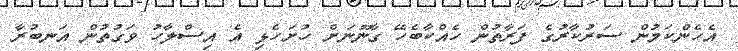
އެހެންކަމުން ސަރުކާރުގެ ފަރާތުން ހެއްކާބެހޭ ގާނޫނަށް ހުށަހެޅި އެ އިސްލާހު ވަގުތުން އަނބުރާ